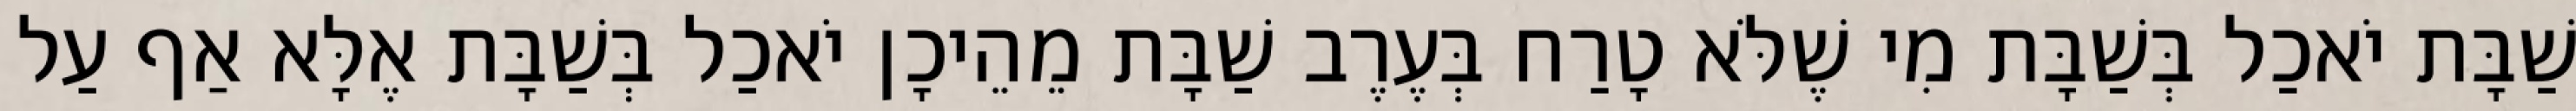
שַׁבָּת יֹאכַל בְּשַׁבָּת מִי שֶׁלֹּא טָרַח בְּעֶרֶב שַׁבָּת מֵהֵיכָן יֹאכַל בְּשַׁבָּת אֶלָּא אַף עַל